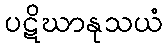
ပဋိဃာနုသယံ